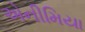
એનીમિયા